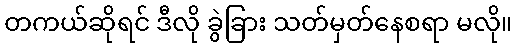
တကယ်ဆိုရင် ဒီလို ခွဲခြား သတ်မှတ်နေစရာ မလို။